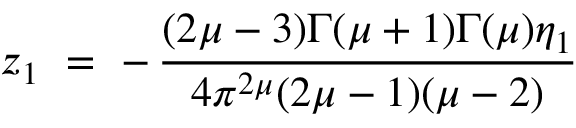
z _ { 1 } ~ = ~ - \, \frac { ( 2 \mu - 3 ) \Gamma ( \mu + 1 ) \Gamma ( \mu ) \eta _ { 1 } } { 4 \pi ^ { 2 \mu } ( 2 \mu - 1 ) ( \mu - 2 ) }